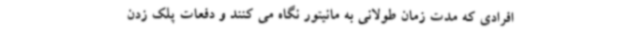
افرادی که مدت زمان طولانی به مانیتور نگاه می کنند و دفعات پلک زدن